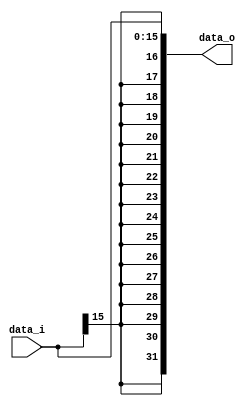
module Sign_Extend( data_i, data_o );

//I/O ports
input	[16-1:0] data_i;
output	[32-1:0] data_o;

//Internal Signals
wire	[32-1:0] data_o;

//Sign extended
/*your code here*/
genvar idx;
for (idx=0; idx<16; idx=idx+1)
begin
  assign data_o[idx] = data_i[idx];
end
for (idx=16; idx<32; idx=idx+1)
begin
  assign data_o[idx] = data_i[15];
end 
endmodule